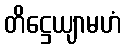
တိဋ္ဌေယျာမဟံ